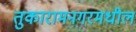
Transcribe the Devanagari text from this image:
तुकारामनगरमधील